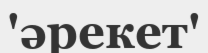
'әрекет'